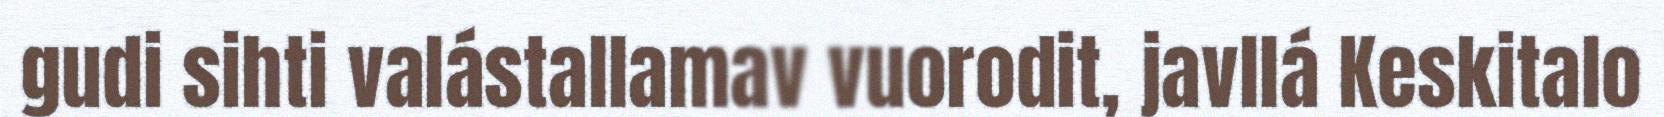
gudi sihti valástallamav vuorodit, javllá Keskitalo